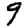
Digit: 9